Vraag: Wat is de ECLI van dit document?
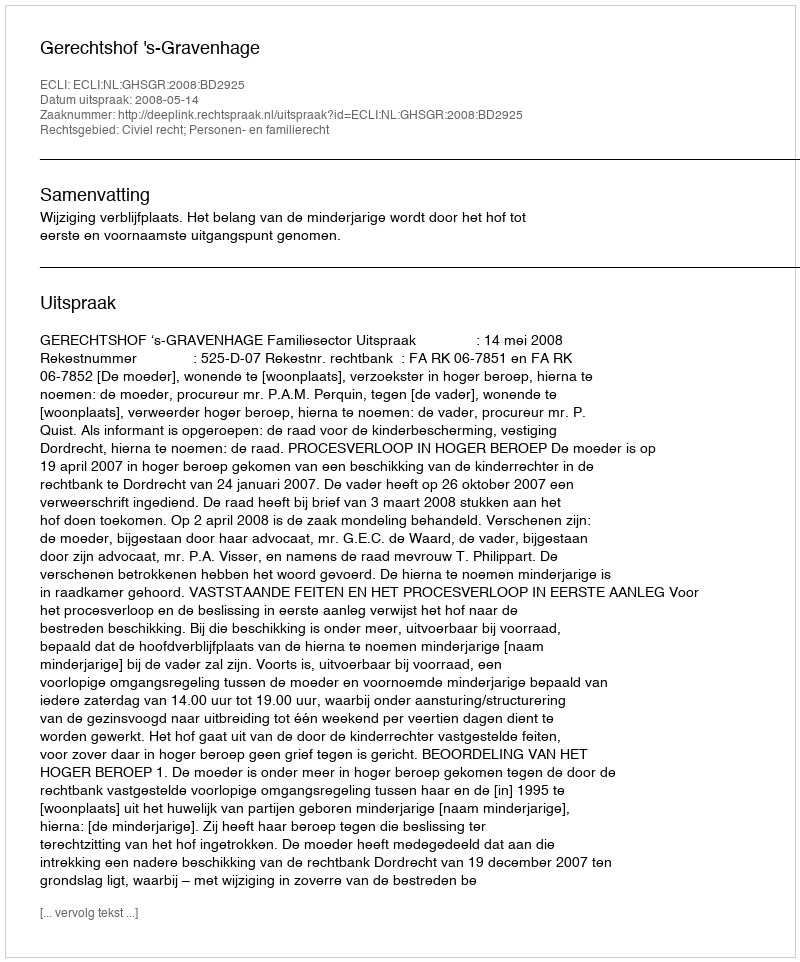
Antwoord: ECLI:NL:GHSGR:2008:BD2925